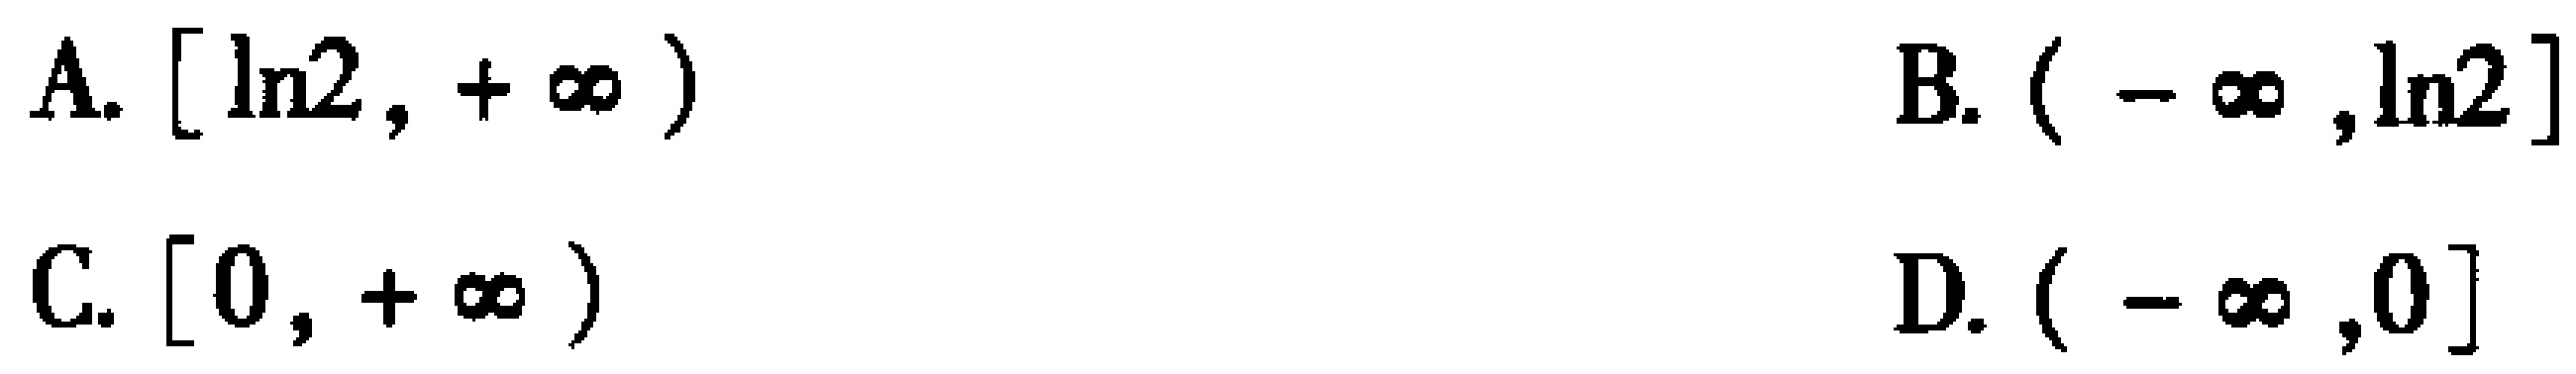
A. $[\ln2,+\infty)$  B. $(-\infty,\ln2]$  C. $[0,+\infty)$  D. $(-\infty,0]$